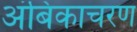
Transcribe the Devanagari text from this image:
अंबिकाचरण